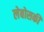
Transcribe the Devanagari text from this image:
लेबोसकी